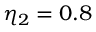
\eta _ { 2 } = 0 . 8